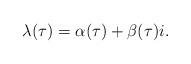
LaTeX: \begin{align*}\lambda(\tau)=\alpha(\tau)+\beta(\tau)i.\end{align*}